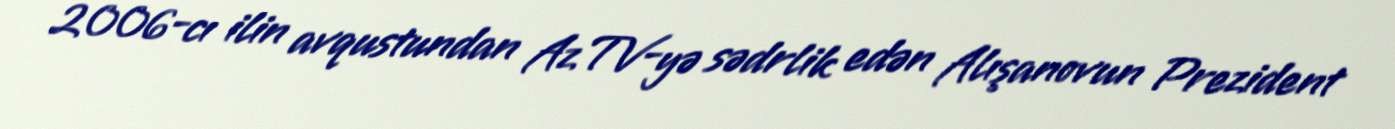
2006-cı ilin avqustundan AzTV-yə sədrlik edən Alışanovun Prezident